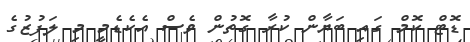
ޑޮޓް ކޮމް ގައި ބަޔާން ކުރާ ގޮތުން ވެސް އެކެޑެމީ މި ލަފުޒުގެ